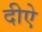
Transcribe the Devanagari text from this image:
दीऐ